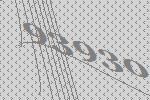
93930